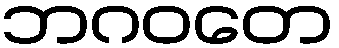
ဘဂဝတေ